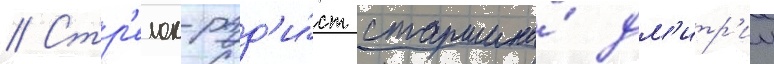
// Стр'елок-рад'и́ст старшина́ дм'итр'ии